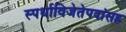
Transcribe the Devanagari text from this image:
स्पर्धाविजेतेपदांसह